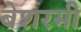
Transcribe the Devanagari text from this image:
बेशरमी